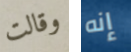
وقالت إنه